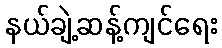
နယ်ချဲ့ဆန့်ကျင်ရေး